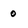
Character: 0